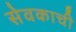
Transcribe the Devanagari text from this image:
सेवकाची